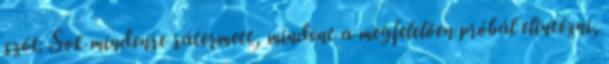
szót. Sok mindenre rátermett, mindent a megfelelően próbál elintézni,